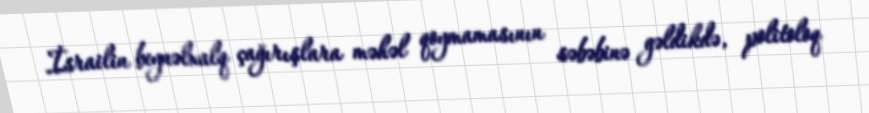
İsrailin beynəlxalq çağırışlara məhəl qoymamasının səbəbinə gəldikdə, politoloq